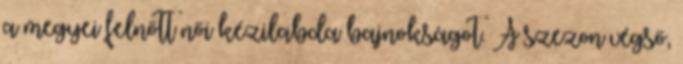
a megyei felnőtt női kézilabda bajnokságot. A szezon végső,